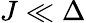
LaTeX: J\ll\Delta